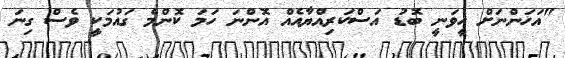
"އަހަންނަށް ހީވަނީ ބޮޑު އަސްކަރިއްޔާއެއް އޮންނަ ހަމަ ކޮންމެ ގައުމަކީ ވެސް ގިނަ